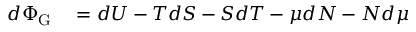
\begin{array} { r l } { d \Phi _ { \mathrm { { G } } } } & { { } = d U - T d S - S d T - \mu d N - N d \mu } \end{array}